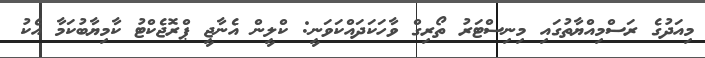
މިއަދުގެ ރަސްމިއްޔާތުގައި މިނިސްޓަރު ތޯރިގް ވާހަކަދައްކަވަނީ: ކްލީން އެނާޖީ ޕްރޮޖެކްޓު ކާމިޔާބުކަމާ އެކު